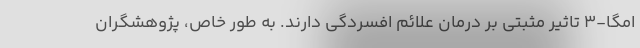
امگا-3 تاثیر مثبتی بر درمان علائم افسردگی دارند. به طور خاص، پژوهشگران